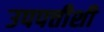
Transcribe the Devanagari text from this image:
उपपत्तीशी